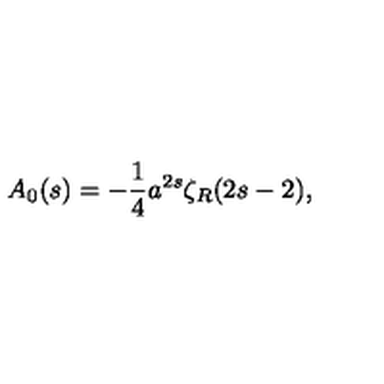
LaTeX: A _ { 0 } ( s ) = - { \frac { 1 } { 4 } } a ^ { 2 s } \zeta _ { R } ( 2 s - 2 ) ,